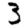
Digit: 3